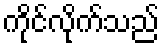
ကိုင်လိုက်သည်